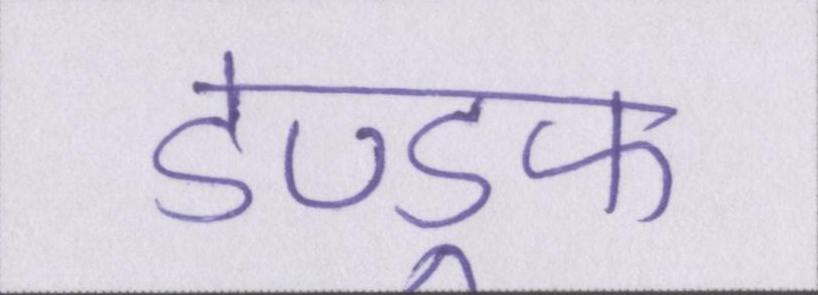
डेण्ड्रफ